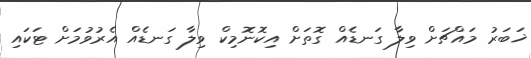
ޚަބަރު މައްޗަށް ވިލާ ގަނޑެއް ގޮތަށް އިކޮނޮމިކް ވިލާ ގަނޑެއް އެރުވުމަށް ޓަކައި